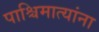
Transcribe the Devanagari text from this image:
पाश्चिमात्यांना